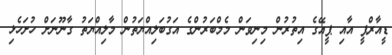
ޑީއާރްޕީ އާއި ޕީއޭގެ އިތުރުން މިނިވަން މެމްބަރުންގެ އަގުބަލިއްޔަތުން މާލިއްޔަތު ގާނޫނަށް ހުށަހެޅި